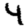
Digit: 4